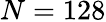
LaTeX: N=128